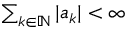
\textstyle \sum _ { k \in { \mathbb { N } } } | a _ { k } | < \infty